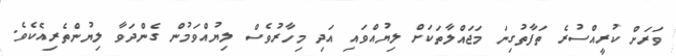
ވަރަށް ކުރީއްސުރެ ތަފާތުގިނަ މަޖައްލާތަކަށް ލިޔުއްވައި އަދި މިހާރުވެސް ލިޔުއްވަމުން ގެންދަވާ ލިޔުންތެރިއެކެވެ.